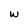
Character: W